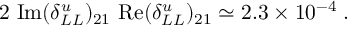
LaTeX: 2 ~ \mathrm { I m } ( \delta _ { L L } ^ { u } ) _ { 2 1 } ~ \mathrm { R e } ( \delta _ { L L } ^ { u } ) _ { 2 1 } \simeq 2 . 3 \times 1 0 ^ { - 4 } \; .